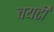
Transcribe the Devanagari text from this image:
चयटी